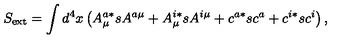
S _ { \mathrm { e x t } } = \int d ^ { 4 } x \left( A _ { \mu } ^ { a * } s A ^ { a \mu } + A _ { \mu } ^ { i * } s A ^ { i \mu } + c ^ { a * } s c ^ { a } + c ^ { i * } s c ^ { i } \right) ,